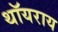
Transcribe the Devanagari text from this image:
थॉयराय